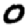
Digit: 0